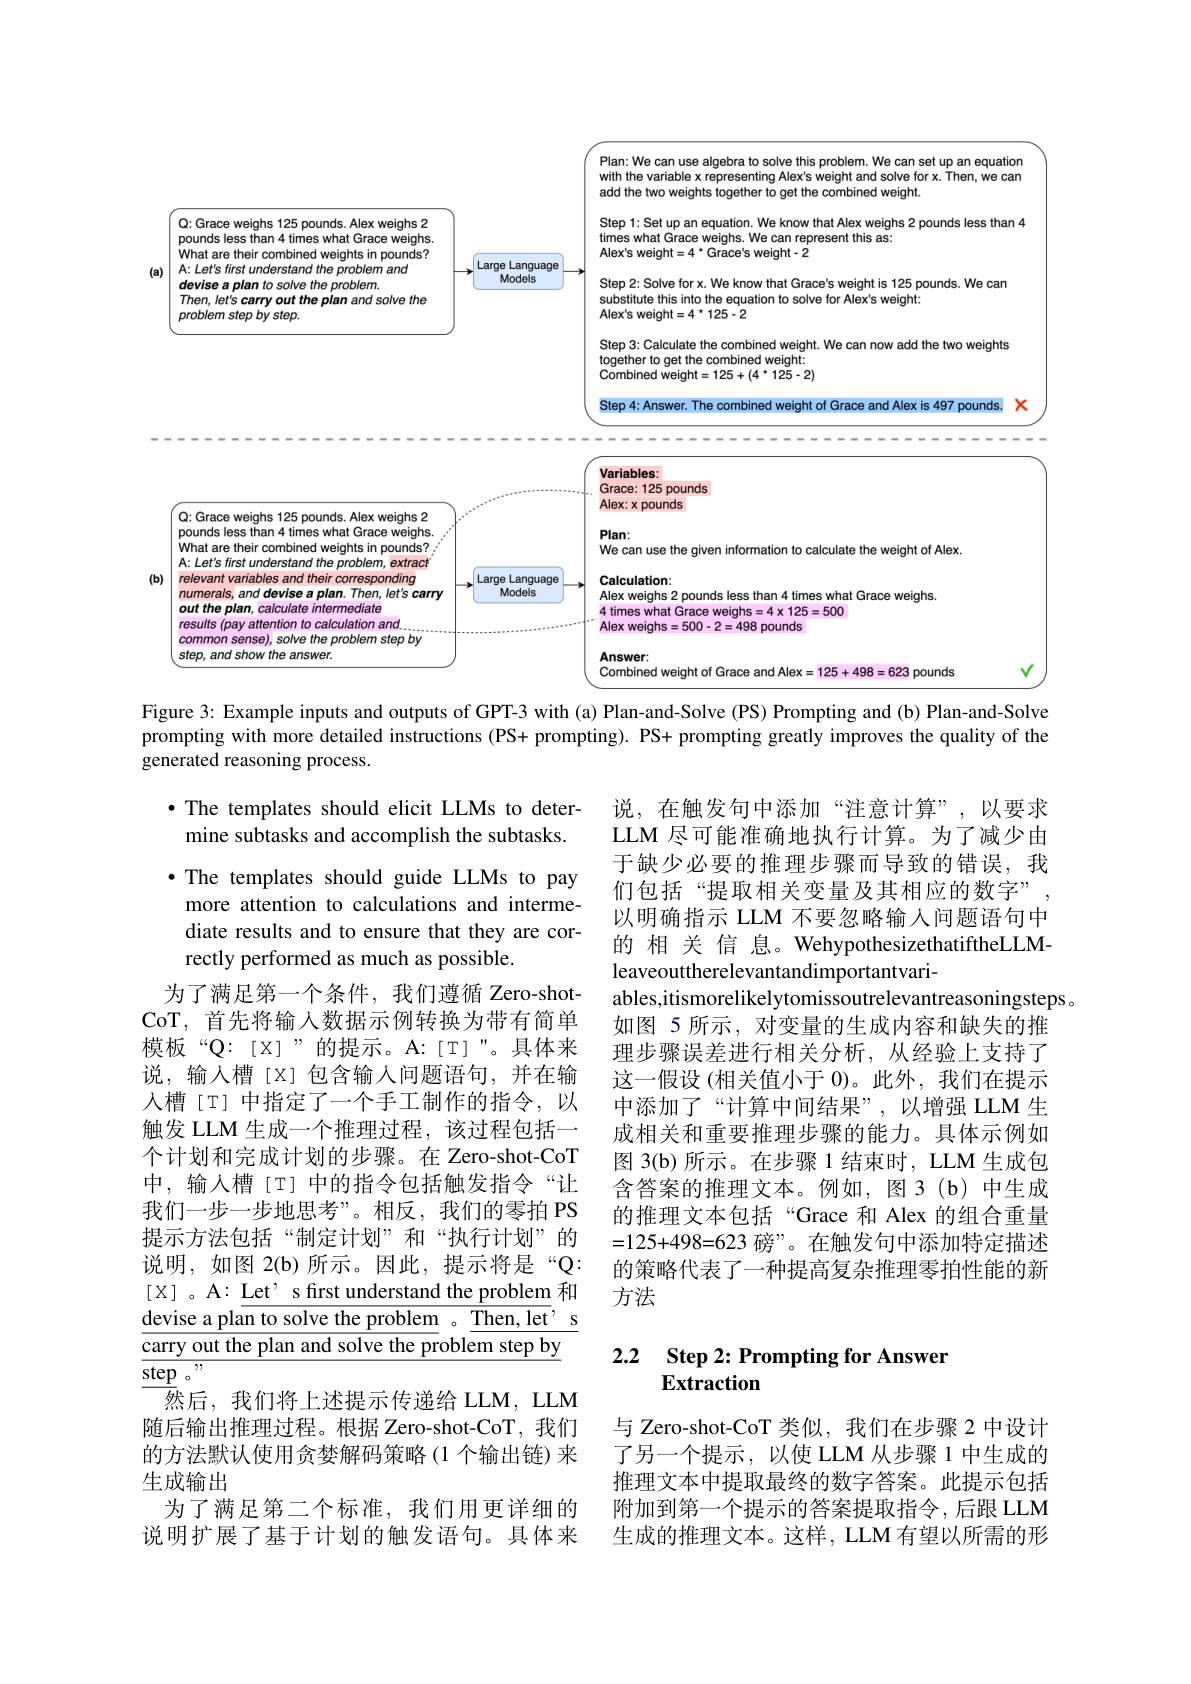
<FigureHere>

Figure 3: Example inputs and outputs of GPT-3 with (a) Plan-and-Solve (PS) Prompting and (b) Plan-and-Solve prompting with more detailed instructions (PS+ prompting). PS+ prompting greatly improves the quality of the generated reasoning process.

说，在触发句中添加“注意计算”,以要求LLM 尽可能准确地执行计算。为了减少由于缺少必要的推理步骤而导致的错误，我们包括“提取相关变量及其相应的数字”, 以明确指示 LLM 不要忽略输入问题语句中的 相 关 信 息。WehypothesizethatiftheLLMleaveouttherelevantandimportantvari-
ables,itismorelikelytomissoutrelevantreasoningsteps 。
如图 5 所示，对变量的生成内容和缺失的推理步骤误差进行相关分析，从经验上支持了这一假设 (相关值小于 0)。此外，我们在提示中添加了“计算中间结果”,以增强 LLM 生成相关和重要推理步骤的能力。具体示例如图 3(b)所示。在步骤 1 结束时，LLM 生成包含答案的推理文本。例如，图3(b)中生成的推理文本包括“Grace 和 Alex 的组合重量=125+498=623磅”。在触发句中添加特定描述的策略代表了一种提高复杂推理零拍性能的新方法

·The templates should elicit LLMs to determine subtasks and accomplish the subtasks.
·The templates should guide LLMs to pay
more attention to calculations and intermediate results and to ensure that they are correctly performed as much as possible.
为了满足第一个条件，我们遵循 Zero-shotCoT, 首先将输入数据示例转换为带有简单模板“Q:[X]”的提示。A:[T]”。具体来说，输入槽[X]包含输入问题语句，并在输人槽[T] 中指定了一个手工制作的指令，以触发 LLM 生成一个推理过程，该过程包括一个计划和完成计划的步骤。在 Zero-shot-CoT 中，输入槽[T] 中的指令包括触发指令“让我们一步一步地思考”。相反，我们的零拍 PS 提示方法包括“制定计划”和“执行计划”的说明，如图 2(b)所示。因此，提示将是“Q [X] 。A: Let' s frst understand the problem 和devise a plan to solve the problem 。Then, let' s carry out the plan and solve the problem step by $\underline{\underline{\mathrm{step~}}}。,$,
$\overline{\text{然后，我们将上述提示传递给 LLM, LLM}}$ 随后输出推理过程。根据 Zero-shot-CoT, 我们的方法默认使用贪婪解码策略(1 个输出链)来生成输出
为了满足第二个标准，我们用更详细的

# 2.2 Step 2: Prompting for Answer Extraction

说明扩展了基于计划的触发语句。具体来

与 Zero-shot-CoT 类似，我们在步骤 2 中设计了另一个提示，以使 LLM 从步骤 1 中生成的推理文本中提取最终的数字答案。此提示包括附加到第一个提示的答案提取指令，后跟 LLM 生成的推理文本。这样，LLM 有望以所需的形